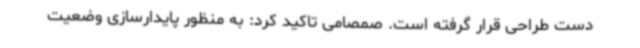
دست طراحی قرار گرفته است. صمصامی تاکید کرد: به منظور پایدارسازی وضعیت